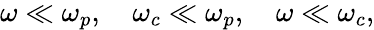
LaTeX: \begin{array}{r}{\omega\ll\omega_{p},\quad\omega_{c}\ll\omega_{p},\quad\omega\ll\omega_{c},}\end{array}